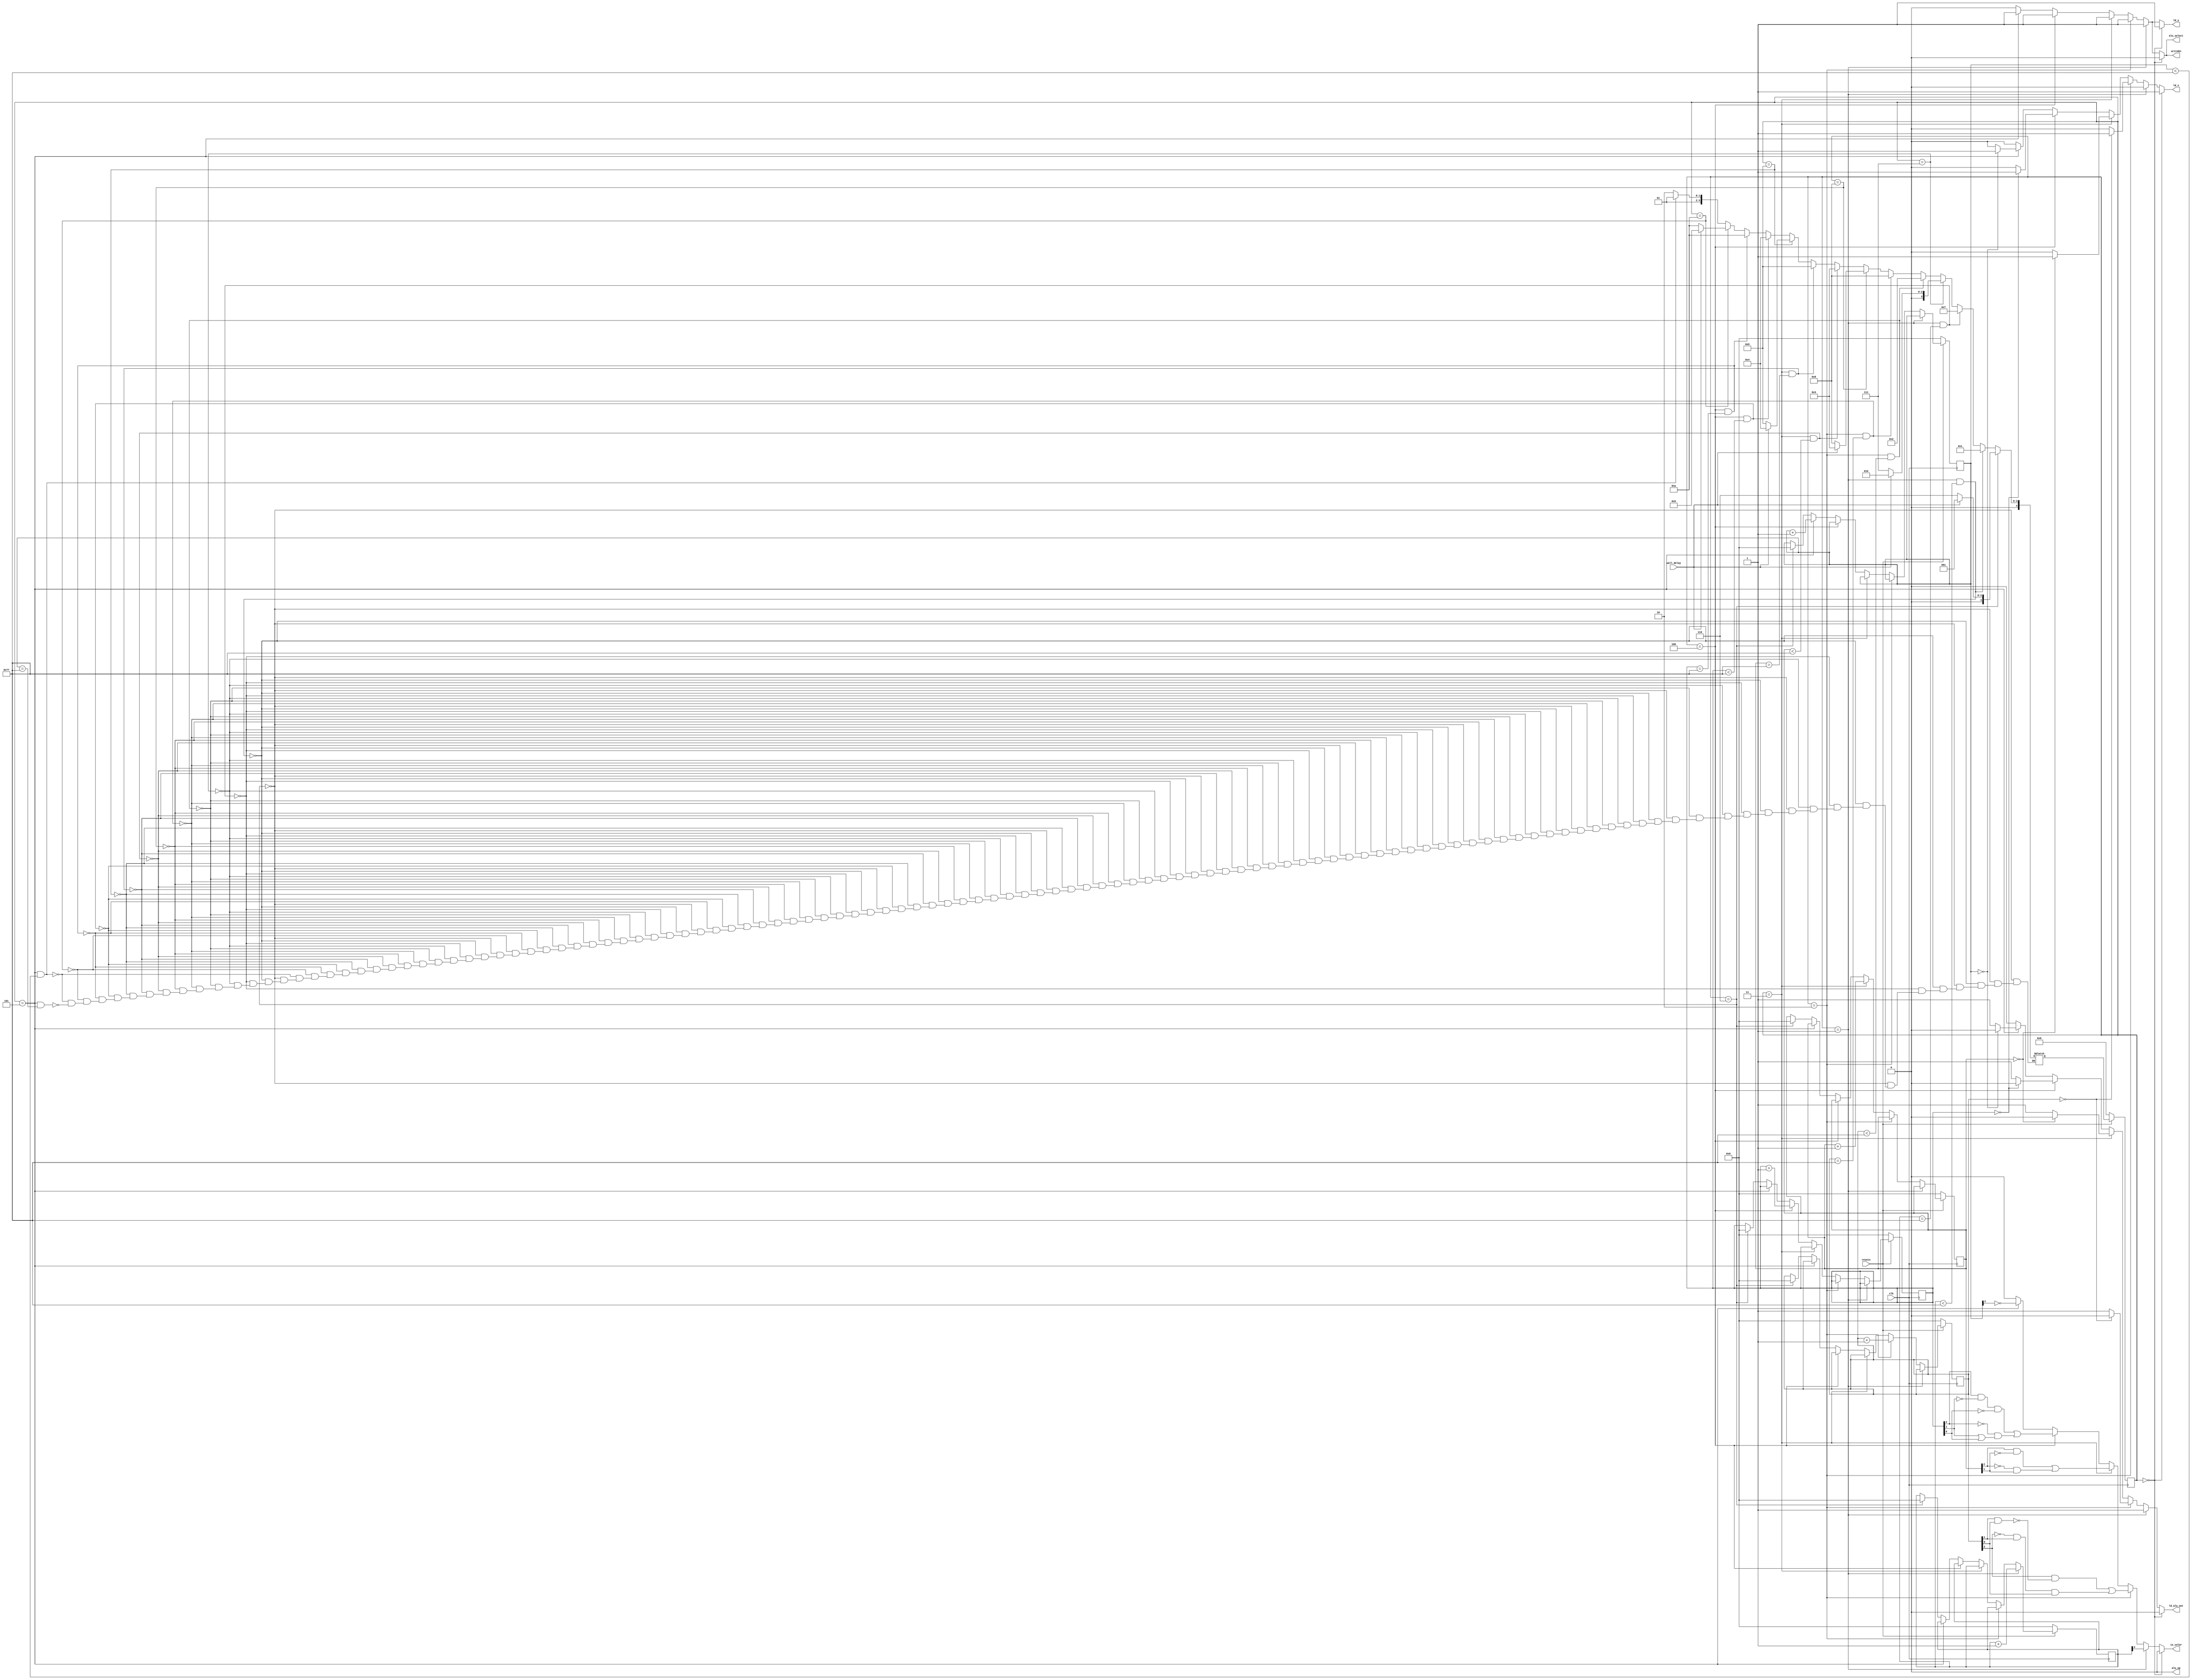
module wall_control(
										input 		 clk,
										input 		 resetn,
										input 		 wall_delay, 
										output reg ld_x,
										output reg ld_y,
										output reg ld_alu_out,
										output reg alu_select,
										output reg alu_op,
										output reg writeEn,
										output reg is_color
										);
	 localparam
		 S0 = 5'd0,
		 S1_WAIT = 5'd6,
		 S1 = 5'd1,
		 S2_WAIT = 5'd7,
		 S2 = 5'd2,
		 S3_WAIT = 5'd8,
		 S3 = 5'd3, 
		 S4_WAIT = 5'd9,
		 S4 = 5'd4,
		 S5_WAIT = 5'd10,
		 S5 = 5'd5;
	 

	 reg [4:0] 									 cs, ns;
	 reg [6:0] 									 draw_1, draw_2, draw_3, draw_4, draw_5;

	 always @(*)
		 begin: state_table
				if (cs == S1_WAIT)
					ns = wall_delay ? S1 : S1_WAIT; 
				else if (cs == S1 && draw_1 < 7'd119)
					ns = S1;
				else if (cs == S1 && draw_1 == 7'd119)
					ns = S2_WAIT;
				else if (cs == S2_WAIT)
					ns = wall_delay ? S2 : S2_WAIT;
				else if (cs == S2 && draw_2 < 7'd119)
					ns = S2;
				else if (cs == S2 && draw_2 == 7'd119)
					ns = S3_WAIT;
				else if (cs == S3_WAIT)
					ns = wall_delay ? S3 : S3_WAIT;
				else if (cs == S3 && draw_3 < 7'd119)
					ns = S3;
				else if (cs == S3 && draw_3 == 7'd119)
					ns = S4_WAIT;
				else if (cs == S4_WAIT)
					ns = wall_delay ? S4 : S4_WAIT;
				else if (cs == S4 && draw_4 < 7'd119)
					ns = S4;
				else if (cs == S4 && draw_4 == 7'd119)
					ns = S5_WAIT;
				else if (cs == S5_WAIT)
					ns = wall_delay ? S5 : S5_WAIT;
				else if (cs == S5 && draw_5 < 7'd119)
					ns = S5;
				else if (cs == S5 && draw_5 == 7'd119)
										ns = S1_WAIT; 
		 end // block: state_table

	 always @(*) begin
			ld_x = 1'b0;
			ld_y = 1'b0;
			ld_alu_out = 1'b0;
			alu_select = 1'b0;
			alu_op = 1'b0;
			writeEn = 1'b0;
			is_color = 1'b0; 
			if (cs == S0) begin
				 ld_x = 1'b1;
				 ld_y = 1'b1;
			end
			else if (cs == S1) begin
				 writeEn = 1'b1;
				 is_color = draw_1[2];
				 ld_y = 1'b1;
				 ld_alu_out = 1'b1;
				 alu_select = 1'b1;
			end
			else if (cs == S2) begin
				 writeEn = 1'b1;
				 is_color = (draw_2[2] && ~(draw_2[1] && draw_2[0])) || (~draw_2[2] && draw_2[1] && draw_2[0]);
				 ld_y = 1'b1;
				 ld_alu_out = 1'b1;
				 alu_select = 1'b1;
				 if (draw_2 == 7'd0) begin
						ld_x = 1'b1;
						ld_y = 1'b1;
						ld_alu_out = 1'b0; 
				 end
			end
			else if (cs == S3) begin
				 writeEn = 1'b1;
				 is_color = (draw_3[2] && ~draw_3[1]) || (~draw_3[2] && draw_3[1]);
				 ld_y = 1'b1;
				 ld_alu_out = 1'b1;
				 alu_select = 1'b1;
				 if (draw_3 == 7'd0) begin
						ld_x = 1'b1;
						ld_y = 1'b1;
						ld_alu_out = 1'b0; 
				 end
			end
			else if (cs == S4) begin
				 writeEn = 1'b1;
				 is_color = (draw_4[2] && ~draw_4[1] && ~draw_4[0]) || (~draw_4[2] && (draw_4[1] || draw_4[0]));
				 ld_y = 1'b1;
				 ld_alu_out = 1'b1;
				 alu_select = 1'b1;
				 if (draw_4 == 7'd0) begin
						ld_x = 1'b1;
						ld_y = 1'b1;
						ld_alu_out = 1'b0; 
				 end
			end
			else if (cs == S5) begin
				 writeEn = 1'b1;
				 is_color = ~draw_5[2]; 
				 ld_y = 1'b1;
				 ld_alu_out = 1'b1;
				 alu_select = 1'b1;
				 if (draw_5 == 7'd0) begin
						ld_x = 1'b1;
						ld_y = 1'b1;
						ld_alu_out = 1'b0; 
				 end
			end
	 end // always @ begin
	 always @(posedge clk) begin
			if (!resetn)
				begin
					 cs <= S1_WAIT;
					 draw_1 <= 7'd0;
					 draw_2 <= 7'd0;
					 draw_3 <= 7'd0;
					 draw_4 <= 7'd0;
					 draw_5 <= 7'd0;
				end
			else begin
				 if (cs == S1)
					 draw_1 <= draw_1 + 1;
				 else if (cs == S2)
					 draw_2 <= draw_2 + 1; 
				 else if (cs == S3)
					 draw_3 <= draw_3 + 1;	
				 else if (cs == S4)
					 draw_4 <= draw_4 + 1; 
				 else if (cs == S5)
					 draw_5 <= draw_5 + 1;
				 else if (cs == S1_WAIT) begin
						draw_1 <= 7'd0;
						draw_2 <= 7'd0;
						draw_3 <= 7'd0;
						draw_4 <= 7'd0;
						draw_5 <= 7'd0;
				 end
				 cs <= ns; 
			end // else: !if(!resetn)
	 end
																				 
			
			
endmodule